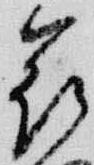
花